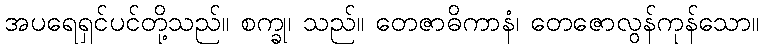
အပရေရှင်ပင်တို့သည်။ စက္ခု၊ သည်။ တေဇာဓိကာနံ၊ တေဇောလွန်ကုန်သော။